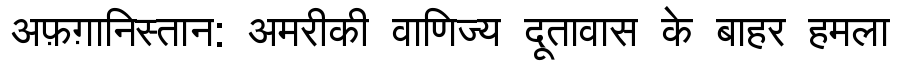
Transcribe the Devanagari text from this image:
अफ़ग़ानिस्तान: अमरीकी वाणिज्य दूतावास के बाहर हमला